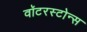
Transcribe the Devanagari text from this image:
वॉटरस्टोन्स